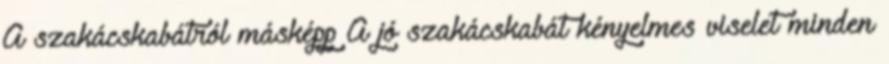
A szakácskabátról másképp A jó szakácskabát kényelmes viselet minden